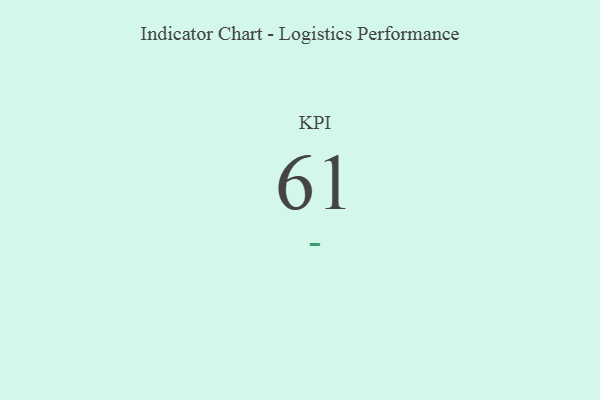
{"axis": {"x": "KPI", "y": "Value"}, "legend": [""], "data": [{"x": "KPI", "y": 61, "type": ""}]}